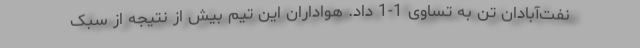
نفت‌آبادان تن به تساوی 1-1 داد. هواداران این تیم بیش از نتیجه از سبک